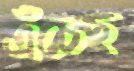
এঁচেছ